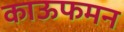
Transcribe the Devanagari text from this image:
काऊफमन